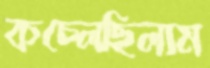
কচ্‌লেছিলাম